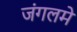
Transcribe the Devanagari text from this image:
जंगलमें